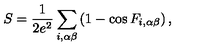
S = \frac { 1 } { 2 e ^ { 2 } } \sum _ { i , \alpha \beta } \left( 1 - \cos F _ { i , \alpha \beta } \right) ,